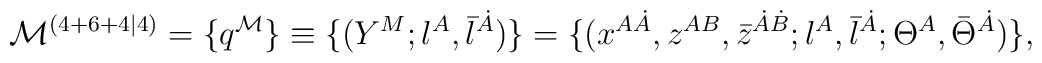
{\cal M}^{(4+6+4|4)} = \{ q^{{\cal M}} \} \equiv\{  (Y^M; \l^A, \bar{\l}^{\dot{A}}) \}=\{ (x^{A\dot{A}}, z^{AB},\bar{z}^{\dot{A}\dot{B}};  \l^A, \bar{\l}^{\dot{A}};\Theta^{A}, \bar{\Theta}^{\dot{A}})\},